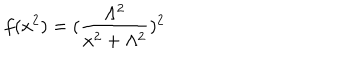
f ( x ^ { 2 } ) = ( \frac { \Lambda ^ { 2 } } { x ^ { 2 } + \Lambda ^ { 2 } } ) ^ { 2 }